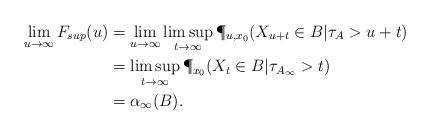
LaTeX: \begin{align*} \lim_{u \to \infty} F_{sup}(u) &= \lim_{u \to \infty} \limsup_{t \to \infty} \P_{u,x_0}(X_{u+t} \in B | \tau_{A } > u+t) \\&= \limsup_{t \to \infty} \P_{x_0}(X_{t} \in B | \tau_{A_\infty} > t) \\&= \alpha_\infty(B).\end{align*}